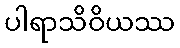
ပါရာသိဝိယဿ